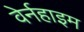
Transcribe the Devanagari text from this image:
वेर्नहाइम